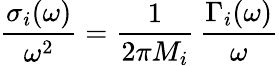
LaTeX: \frac{\sigma_{i}(\omega)}{\omega^{2}}=\frac{1}{2\pi M_{i}}\, \frac{\Gamma_{i}(\omega)}{\omega}